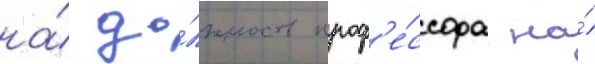
на́ до́лжность проф'е́ссора на́